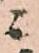
ニ